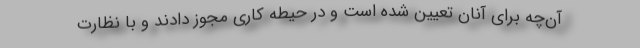
آن‌چه برای آنان تعیین شده است و در حیطه کاری مجوز دادند و با نظارت